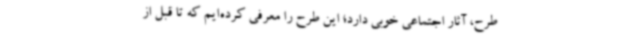
طرح، آثار اجتماعی خوبی دارد؛ این طرح را معرفی کرده‌ایم که تا قبل از